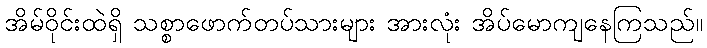
အိမ်ဝိုင်းထဲရှိ သစ္စာဖောက်တပ်သားများ အားလုံး အိပ်မောကျနေကြသည်။